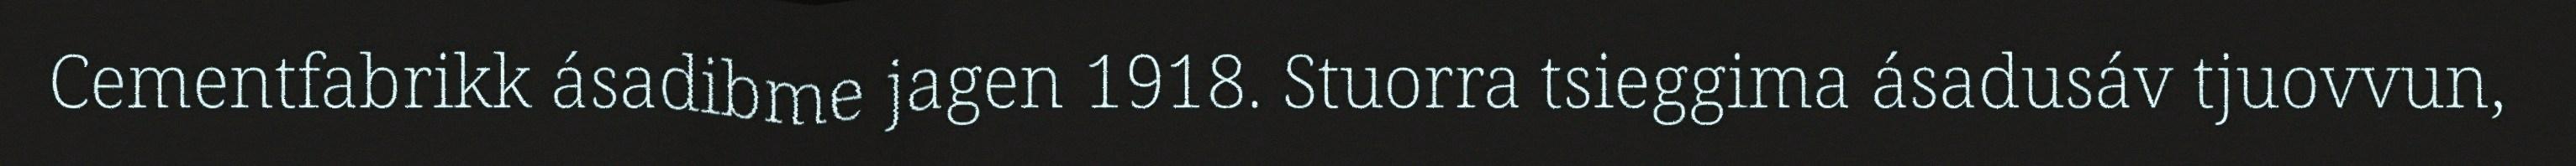
Cementfabrikk ásadibme jagen 1918. Stuorra tsieggima ásadusáv tjuovvun,